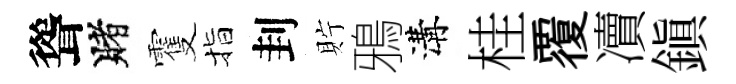
聳賭䨥指刲貯鴉溝桂覆凟鎮